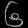
Digit: ၆